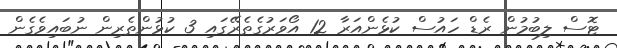
ޓޮސް ލިބުމުން ރެޑް ހައުސް ކުޅެންއަރާ 12 އޯވަރުގެތެރޭގައި 3 ކުޅުންތެރިން ނުބައިވެގެން